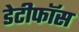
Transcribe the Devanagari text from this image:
डेटीफाॅस